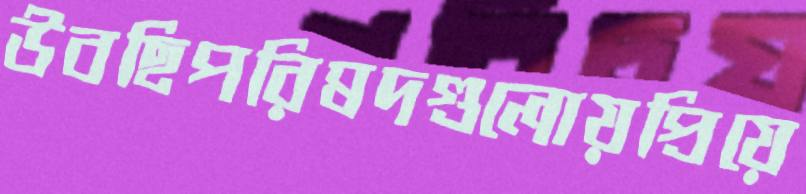
উবছিপরিষদগুলোয়প্রিয়ে